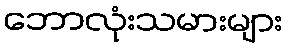
ဘောလုံးသမားများ